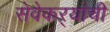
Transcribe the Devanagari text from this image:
सेवेकऱ्यांची